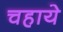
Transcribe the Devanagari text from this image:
चहाये